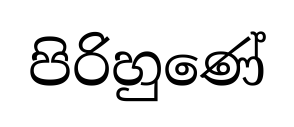
පිරිහුණේ